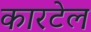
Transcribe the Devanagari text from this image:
कारटेल